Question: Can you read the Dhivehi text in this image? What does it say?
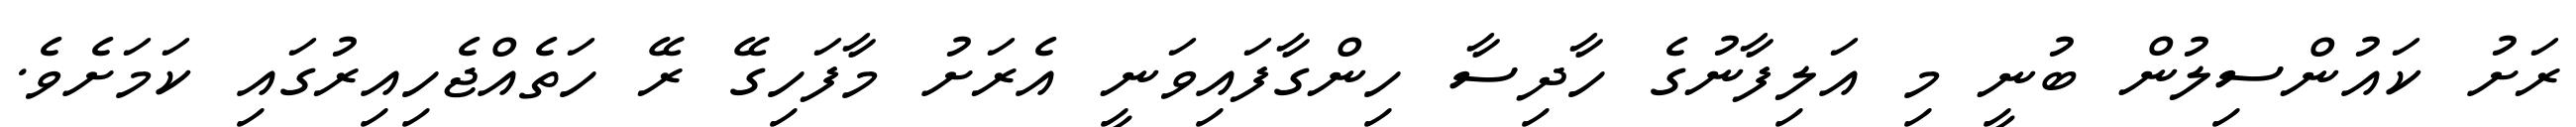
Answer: ރަށު ކައުންސިލުން ބުނީ މި އަލިފާނުގެ ހާދިސާ ހިންގާފައިވަނީ އެރަށު މާފަހިގޭ ރޭ ހަތެއްޖެހިއިރުގައި ކަމަށެވެ.